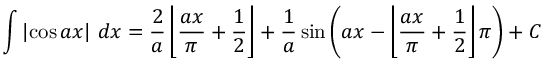
\int \left| \cos { a x } \right| \, d x = { \frac { 2 } { a } } \left\lfloor { \frac { a x } { \pi } } + { \frac { 1 } { 2 } } \right\rfloor + { \frac { 1 } { a } } \sin { \left( a x - \left\lfloor { \frac { a x } { \pi } } + { \frac { 1 } { 2 } } \right\rfloor \pi \right) } + C